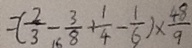
= ( \frac { 2 } { 3 } - \frac { 3 } { 8 } + \frac { 1 } { 4 } - \frac { 1 } { 6 } ) \times \frac { 4 8 } { 9 }